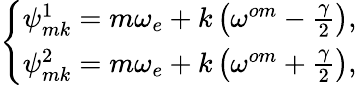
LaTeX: \left\{ \begin{array}{l}{\psi_{mk}^{1}=m\omega_{e}+k\left(\omega^{om}-\frac{\gamma}{2}\right),}\\ {\psi_{mk}^{2}=m\omega_{e}+k\left(\omega^{om}+\frac{\gamma}{2}\right),}\end{array}\right.